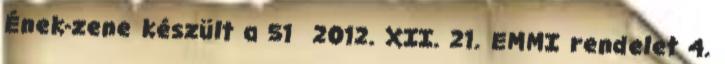
Ének-zene készült a 51 2012. XII. 21. EMMI rendelet 4.